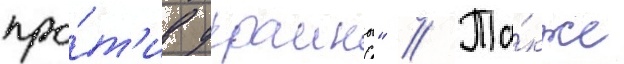
про́т'ив украины" // Та́кже